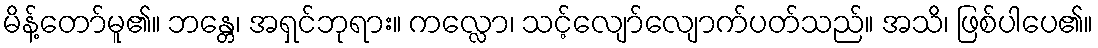
မိန့်တော်မူ၏။ ဘန္တေ၊ အရှင်ဘုရား။ ကလ္လော၊ သင့်လျော်လျောက်ပတ်သည်။ အသိ၊ ဖြစ်ပါပေ၏။